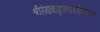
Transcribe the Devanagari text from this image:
श्रीरंगावधूटस्वामीविरचित